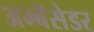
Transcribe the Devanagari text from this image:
अम्बॅसेडर